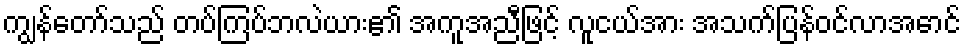
ကျွန်တော်သည် တပ်ကြပ်ဘလဲယား၏ အကူအညီဖြင့် လူငယ်အား အသက်ပြန်ဝင်လာအောင်